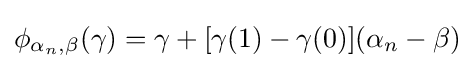
\phi _{\alpha _{n},\beta }(\gamma )=\gamma +[\gamma (1)-\gamma (0)](\alpha _{n}-\beta )